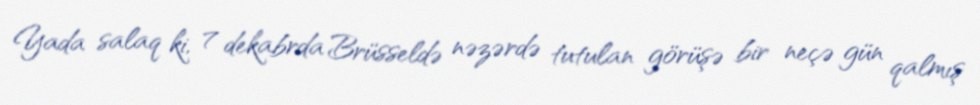
Yada salaq ki, 7 dekabrda Brüsseldə nəzərdə tutulan görüşə bir neçə gün qalmış